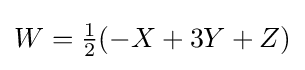
W=\textstyle {\frac {1}{2}}(-X+3Y+Z)